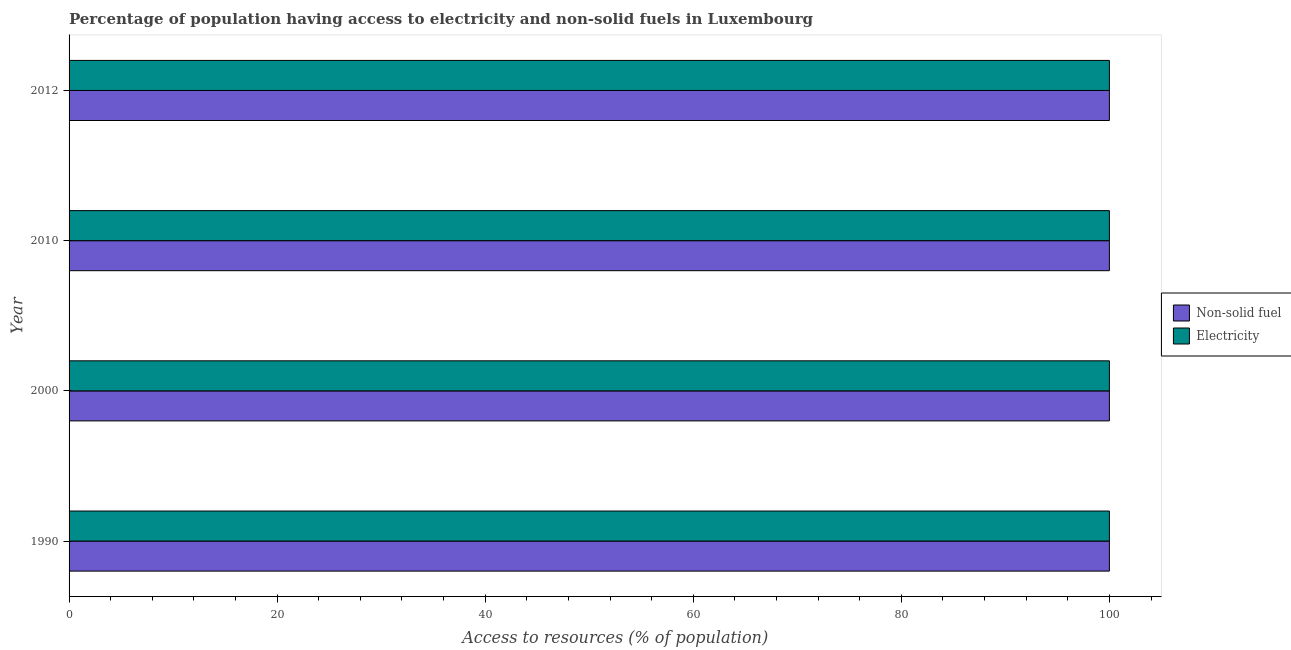
| Year | Non-solid fuel | Electricity |
 | --- | --- | --- |
 | 1990 | 100 | 100 |
 | 2000 | 100 | 100 |
 | 2010 | 100 | 100 |
 | 2012 | 100 | 100 |